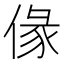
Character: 㑰